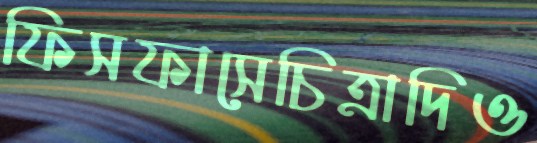
ফিসফাসেচিত্রাদিও